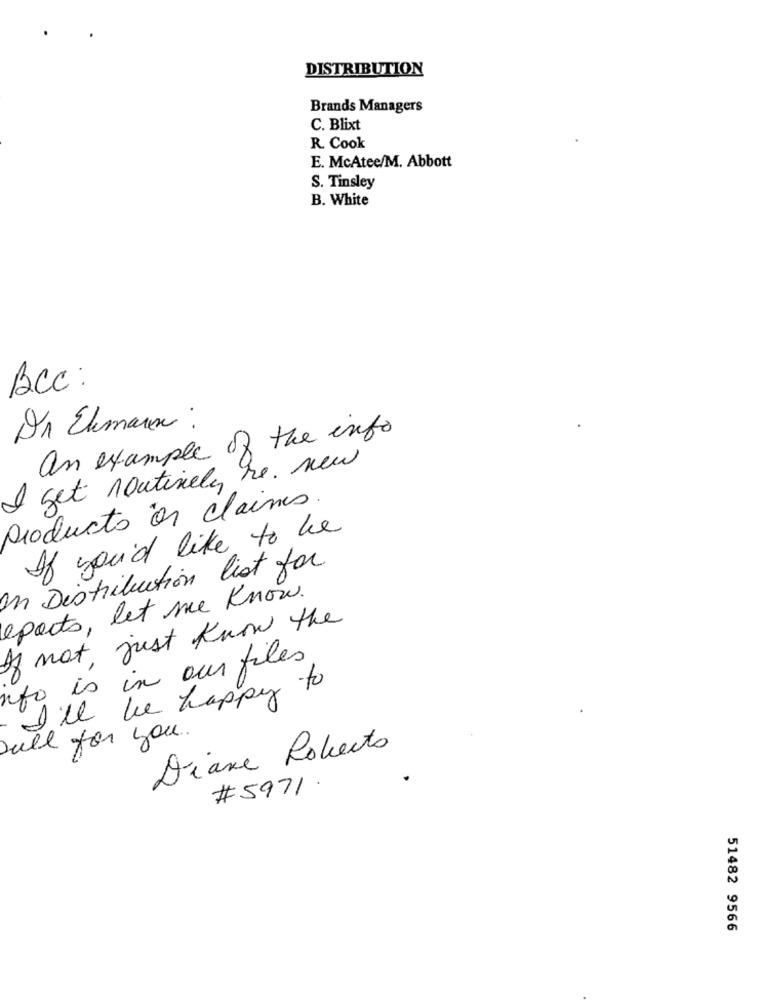
DISTRIBUTION
Brands Managers
C. Blixt
R. Cook
E. McAtee/M. Abbott
S. Tinsley
B. White
Bcc:
In Elimaux :
an example of the info
I get routinely he. new
Producto às claires.
If you'd like to he
In Distribution list for
reports, let me know.
If not, just know the
info is in our files
I'll be happy to
sull for you.
Diane Roberto
#5971.
51482 9566